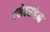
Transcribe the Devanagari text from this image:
रसेल्सहेम